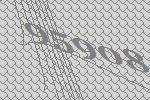
95908